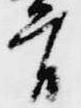
首